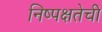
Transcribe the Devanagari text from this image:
निष्‍पक्षतेची